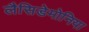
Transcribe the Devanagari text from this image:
लैसिडेमोनिया